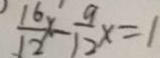
\frac { 1 6 } { 1 2 } x - \frac { 9 } { 1 2 } x = 1